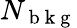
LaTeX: N_{\mathrm{~b~k~g~}}